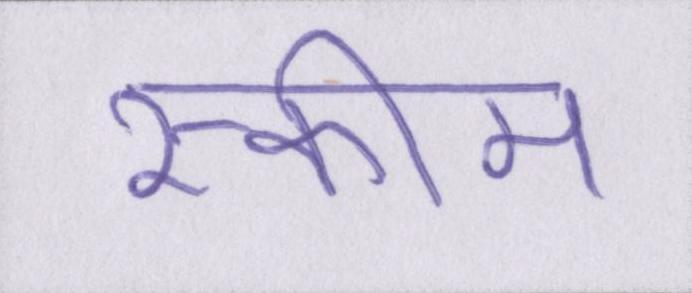
स्कीम